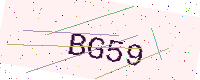
Text: BG59